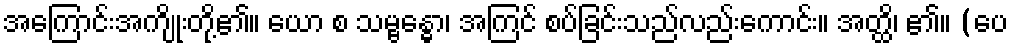
အကြောင်းအကျိုးတို့၏။ ယော စ သမ္ဗန္ဓော၊ အကြင် စပ်ခြင်းသည်လည်းကောင်း။ အတ္ထိ၊ ၏။ (ပေ